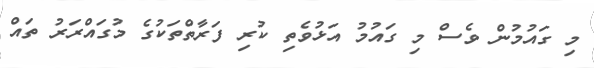
މި ގައުމުން ވެސް މި ގައުމު އަޅުވެތި ކުރި ފަރާތްތަކުގެ މުގައްރަރު ތައް